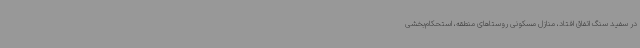
در سفید سنگ اتفاق افتاد، منازل مسکونی روستاهای منطقه، استحکام‌بخشی